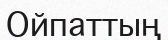
Ойпаттың